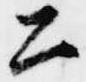
公